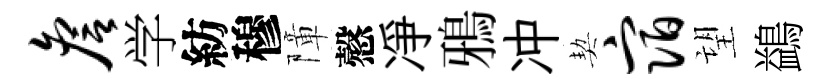
詹学紡穆障慤凈鴉冲契宿望鷁